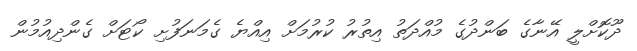
ދޫކޮށްލީ އޭނާގެ ބަންދުގެ މުއްދަތު އިތުރު ކުރުމަށް އިއްޔެ ގެމަނަފުށި ކޯޓަށް ގެންދިއުމުން